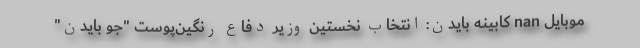
موبایل nan کابینه بایدن: انتخاب نخستین وزیر دفاع رنگین‌پوست "جو بایدن"